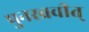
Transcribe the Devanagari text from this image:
पुनरब्रवीत्